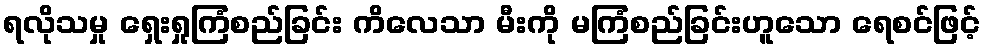
ရလိုသမှု ရှေးရှုကြံစည်ခြင်း ကိလေသာ မီးကို မကြံစည်ခြင်းဟူသော ရေစင်ဖြင့်